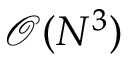
\mathcal { O } ( N ^ { 3 } )